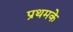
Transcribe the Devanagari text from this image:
प्रथमके